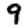
Digit: 9